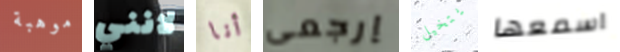
موهبة لانني أنا إرجعي يتخيل اسمعها